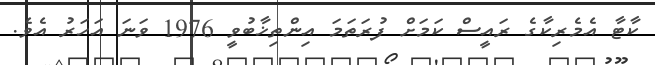
ކާޓާ އެމެރިކާގެ ރައީސް ކަމަށް ފުރަތަމަ އިންތިޚާބުވީ 1976 ވަނަ އަހަރު އެވެ.